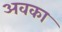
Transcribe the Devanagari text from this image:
अवका